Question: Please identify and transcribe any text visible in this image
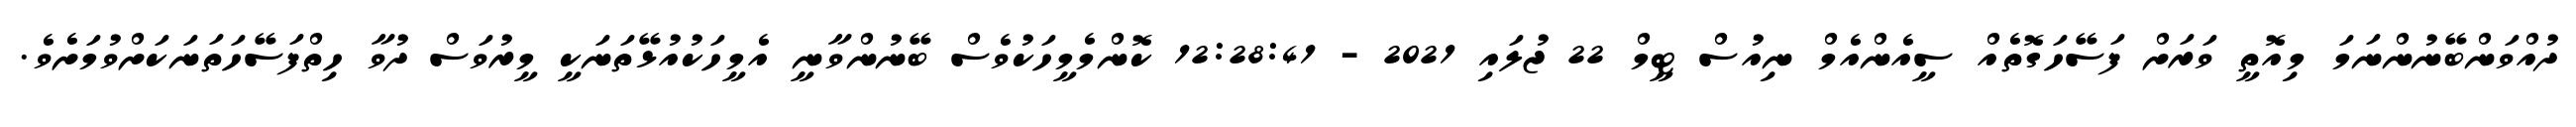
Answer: ދުއްވަންބޭނުންނަމަ މިއޮތީ ވަރަށް ފަސޭހަގޮތެއް ސީއެންއެމް ނިއުސް ޓީމް 22 ޖުލައި 2021 - 12:28:41 ކޮންމެމީހަކުވެސް ބޭނުންވާނީ އެމީހަކުއުޅޭތަނަކީ މީރުވަސް ދުވާ ހިތްފަސޭހަތަނަކަށްވުމަށެވެ.